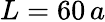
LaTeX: L=60\, a